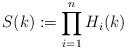
LaTeX: \begin{align*}S(k) := \prod_{i=1}^n H_i(k)\end{align*}